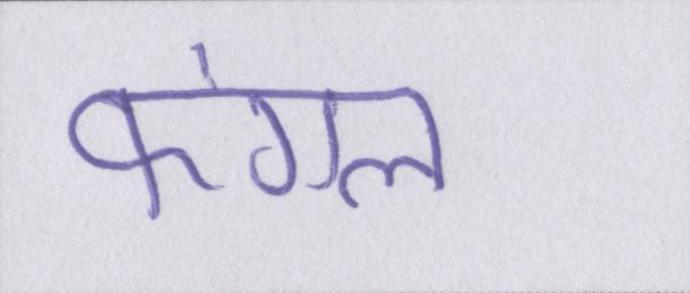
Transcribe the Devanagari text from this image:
फंगल